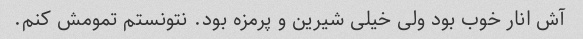
آش انار خوب بود ولی خیلی شیرین و پرمزه بود. نتونستم تمومش کنم.